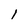
Character: 1